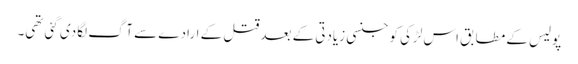
پولیس کے مطابق اس لڑکی کو جنسی زیادتی کے بعد قتل کے ارادے سے آگ لگا دی گئی تھی۔